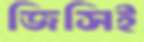
জিসিই